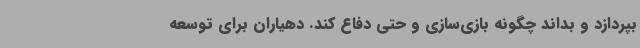
بپردازد و بداند چگونه بازی‌سازی و حتی دفاع کند. دهیاران برای توسعه